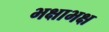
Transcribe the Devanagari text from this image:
भक्षाभक्ष